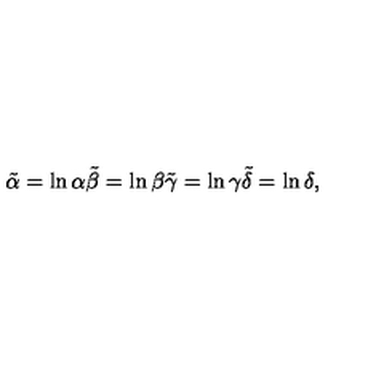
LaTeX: \tilde { \alpha } = \ln { \alpha } \tilde { \beta } = \ln { \beta } \tilde { \gamma } = \ln { \gamma } \tilde { \delta } = \ln { \delta } ,